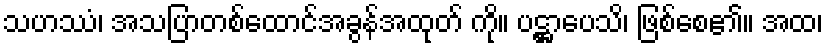
သဟဿံ၊ အသပြာတစ်ထောင်အခွန်အထုတ် ကို။ ပဋ္ဌာပေသိ၊ ဖြစ်စေ၏။ အထ၊